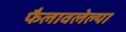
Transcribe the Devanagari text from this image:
फैलावलेल्या